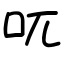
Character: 𠮾